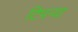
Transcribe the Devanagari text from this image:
टिपऱ्या